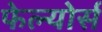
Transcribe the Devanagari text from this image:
फेल्योर्स